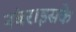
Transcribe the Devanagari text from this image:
नंबर।इसके